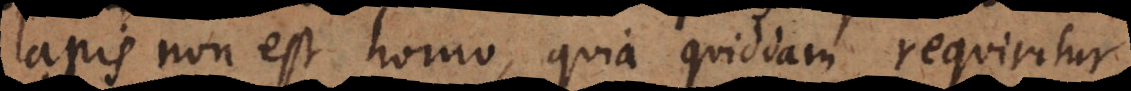
lapis non est homo, quia quiddam requiritur